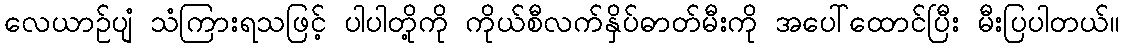
လေယာဉ်ပျံ သံကြားရသဖြင့် ပါပါတို့ကို ကိုယ်စီလက်နှိပ်ဓာတ်မီးကို အပေါ်ထောင်ပြီး မီးပြပါတယ်။